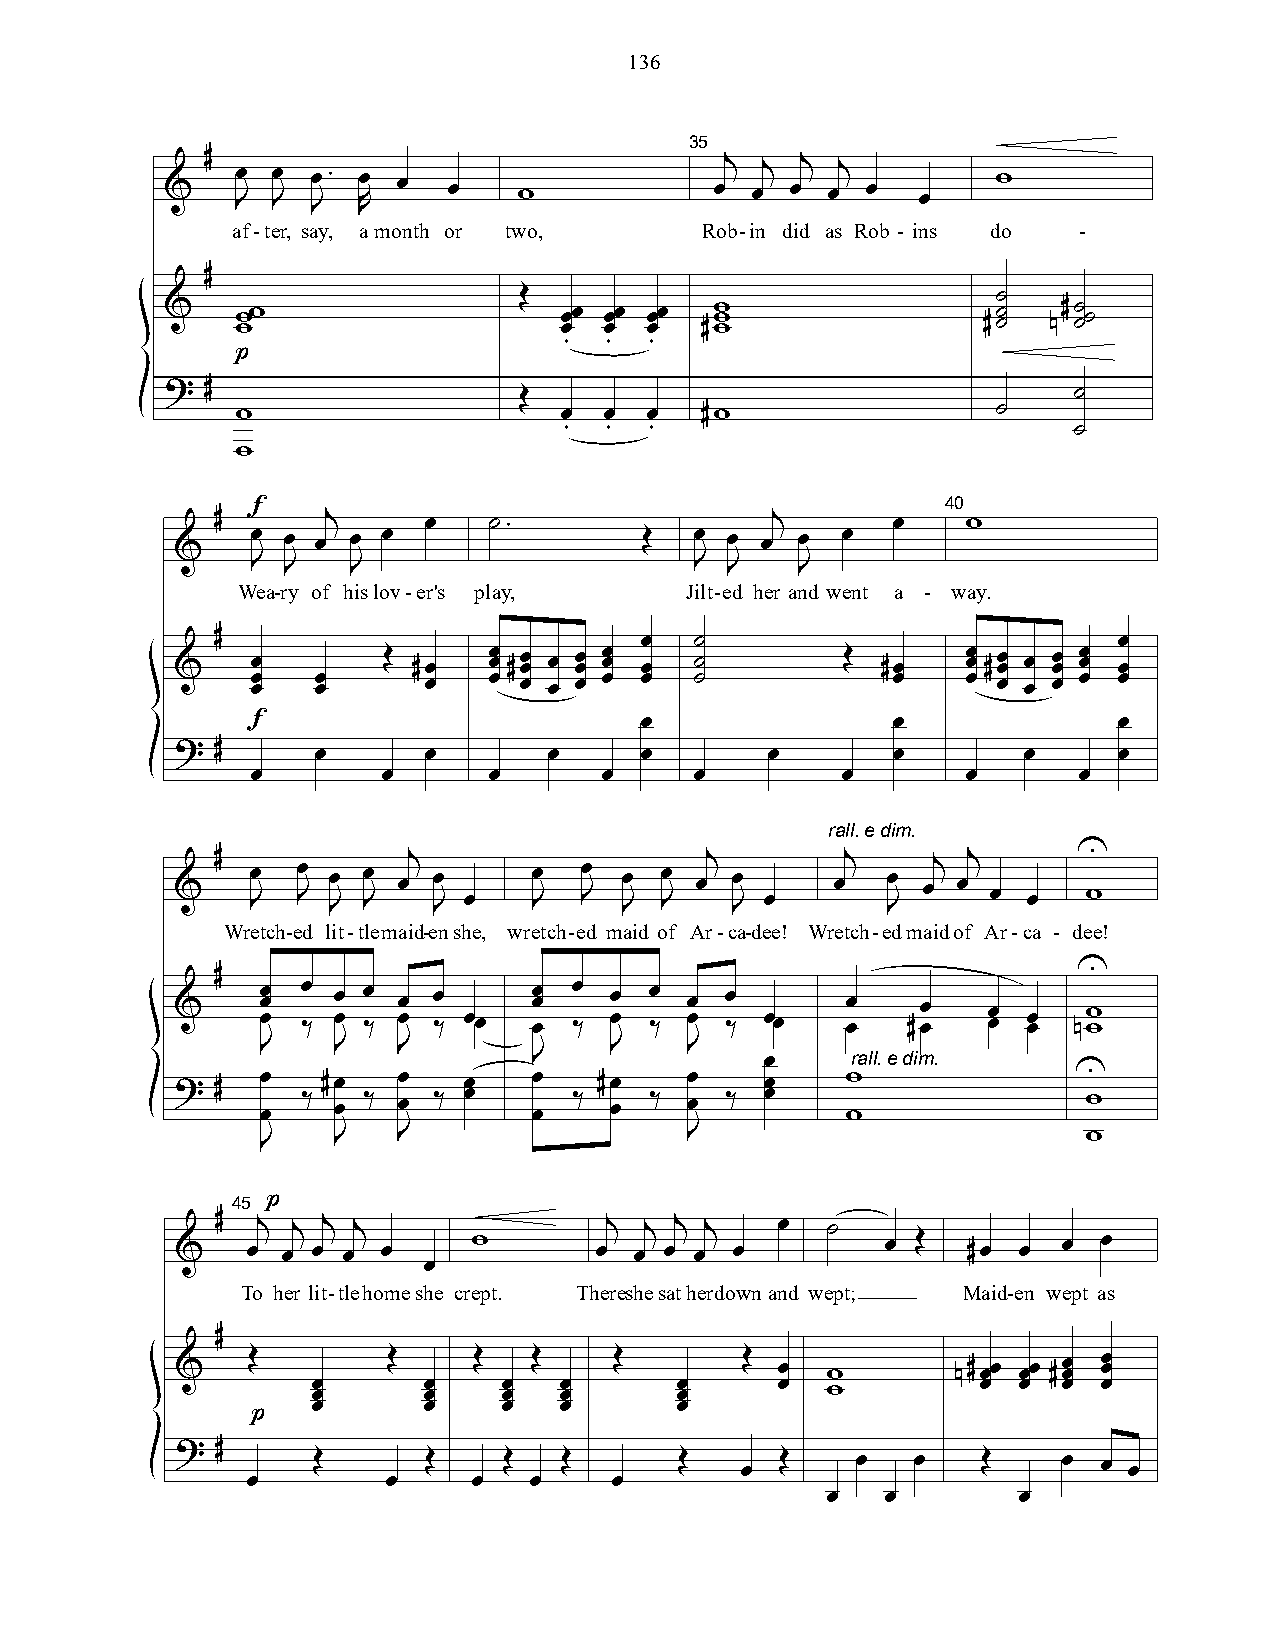
136
 35
 &  # JÏ JÏ JÏ. RÏ Ï Ï  w            Ïj Ïj Ïj Ïj Ï Ï    w
 af-ter, say, amonth or two,    Rob-in did as Rob - ins do -
 #
 Î                               ú
 &    w ww                 Ï ÏÏ Ï ÏÏ Ï ÏÏ #w w w       #ú ú n#ú úú
 .  .  .
 p
 ?  #                   Î                                    ú
 w                    Ï  Ï  Ï  #w                  ú
 .  .  .                           ú
 w
 40
 f
 #       j     Ï   ú.                 j       Ï    w
 &    Ï Ï Ï Ï Ï                Î   Ï Ï Ï  Ï  Ï
 J J   J                      J J    J
 Wea-ry of hislov-er's play,  Jilt-ed her and went a - way.
 #                           Ï   ú                           Ï
 &    Ï       Î #Ï   Ï Ï #Ï Ï Ï Ï Ï Ï Ï Ï ú  Î #Ï    Ï Ï #Ï Ï Ï Ï Ï Ï Ï Ï
 Ï Ï Ï Ï    Ï   Ï Ï Ï Ï Ï Ï   ú            Ï    Ï Ï Ï Ï Ï Ï
 f                         Ï                Ï              Ï
 ? #      Ï      Ï       Ï     Ï        Ï       Ï        Ï     Ï
 Ï       Ï      Ï       Ï     Ï         Ï       Ï      Ï
 rall.edim.
 &
 #  JÏ JÏ JÏ JÏ Ïj JÏ
 Ï
 JÏ JÏ JÏ JÏ Ïj JÏ
 Ï
 Ïj  JÏ Ïj Ïj
 Ï Ï
 U
 w
 Wretch-ed lit-tlemaid-enshe, wretch-ed maid of Ar-ca-dee! Wretch-edmaidof Ar-ca - dee!
 #                                                        U
 &    Ï Ï Ï Ï ä Ï Ï Ï ä Ï Ï Ï ä ÏÏ Ï Ï Ï Ï ä Ï Ï Ï ä Ï Ï Ï ä ÏÏ Ï Ï #Ï Ï Ï Ï Ï Ï nw w
 J    J   J             J    J
 J                    rall.edim.
 Ï
 ? #  Ï Ï ä #Ï Ï ä Ï Ï ä Ï Ï Ï Ï ä #Ï Ï ä Ï Ï ä Ï Ï w w     U w
 J    J   J                  J                          w
 45
 p
 #  j j j j                j  j j j   Ï   ú
 &   Ï  Ï Ï Ï Ï     w       Ï  Ï Ï Ï  Ï         Ï Î  #Ï Ï  Ï  Ï
 Ï
 To her lit-tlehomeshe crept. Thereshesatherdownand wept; Maid-en wept as
 #
 &   Î         Î    Î   Î     Î       Î Ï   w       n#ÏÏ ÏÏ #Ï Ï Ï Ï
 Ï Ï    Ï Ï  Ï Ï Ï Ï     Ï Ï   Ï   w         Ï Ï  Ï  Ï
 Ï      Ï    Ï   Ï       Ï
 p
 ? #
 Î      Î    Î   Î       Î   Ï Î     Ï   Ï   Î    Ï  Ï Ï
 Ï         Ï    Ï   Ï     Ï
 Ï   Ï       Ï